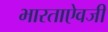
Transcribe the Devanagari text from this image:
भारताऐवजी